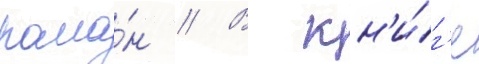
рома́н // В кн'и́г'е